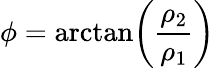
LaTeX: \phi=\arctan\! \left(\frac{\rho_{2}}{\rho_{1}}\right)